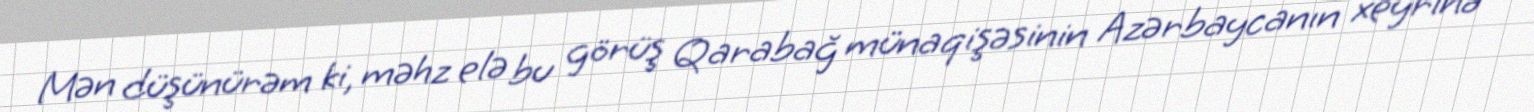
Mən düşünürəm ki, məhz elə bu görüş Qarabağ münaqişəsinin Azərbaycanın xeyrinə